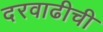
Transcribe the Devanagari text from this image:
दरवाढीची